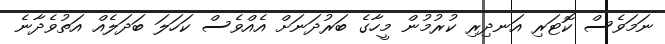
ނަމަވެސް ކޮޓަރި އަނދިރި ކުރުމުން މީހާގެ ބަރުދަނަށް އެއްވެސް ކަހަލަ ބަދަލެއް އަތުވެދާނެ